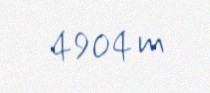
4904 m